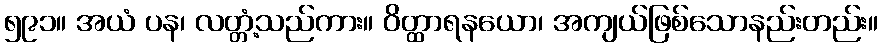
၅၉၁။ အယံ ပန၊ လတ္တံ့သည်ကား။ ဝိတ္ထာရနယော၊ အကျယ်ဖြစ်သောနည်းတည်း။